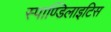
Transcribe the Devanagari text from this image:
स्पाण्डिलाइटिस